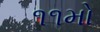
૧૧મો